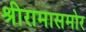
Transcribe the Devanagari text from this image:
श्रीरामासमोर